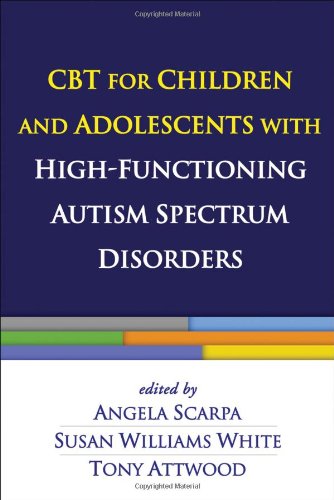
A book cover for CBT for Children and Adolescents with High-Functioning Autism Spectrum Disorders; Health, Fitness & Dieting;